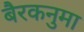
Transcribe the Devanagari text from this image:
बैरकनुमा